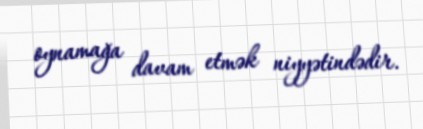
oynamağa davam etmək niyyətindədir.